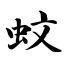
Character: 蚊